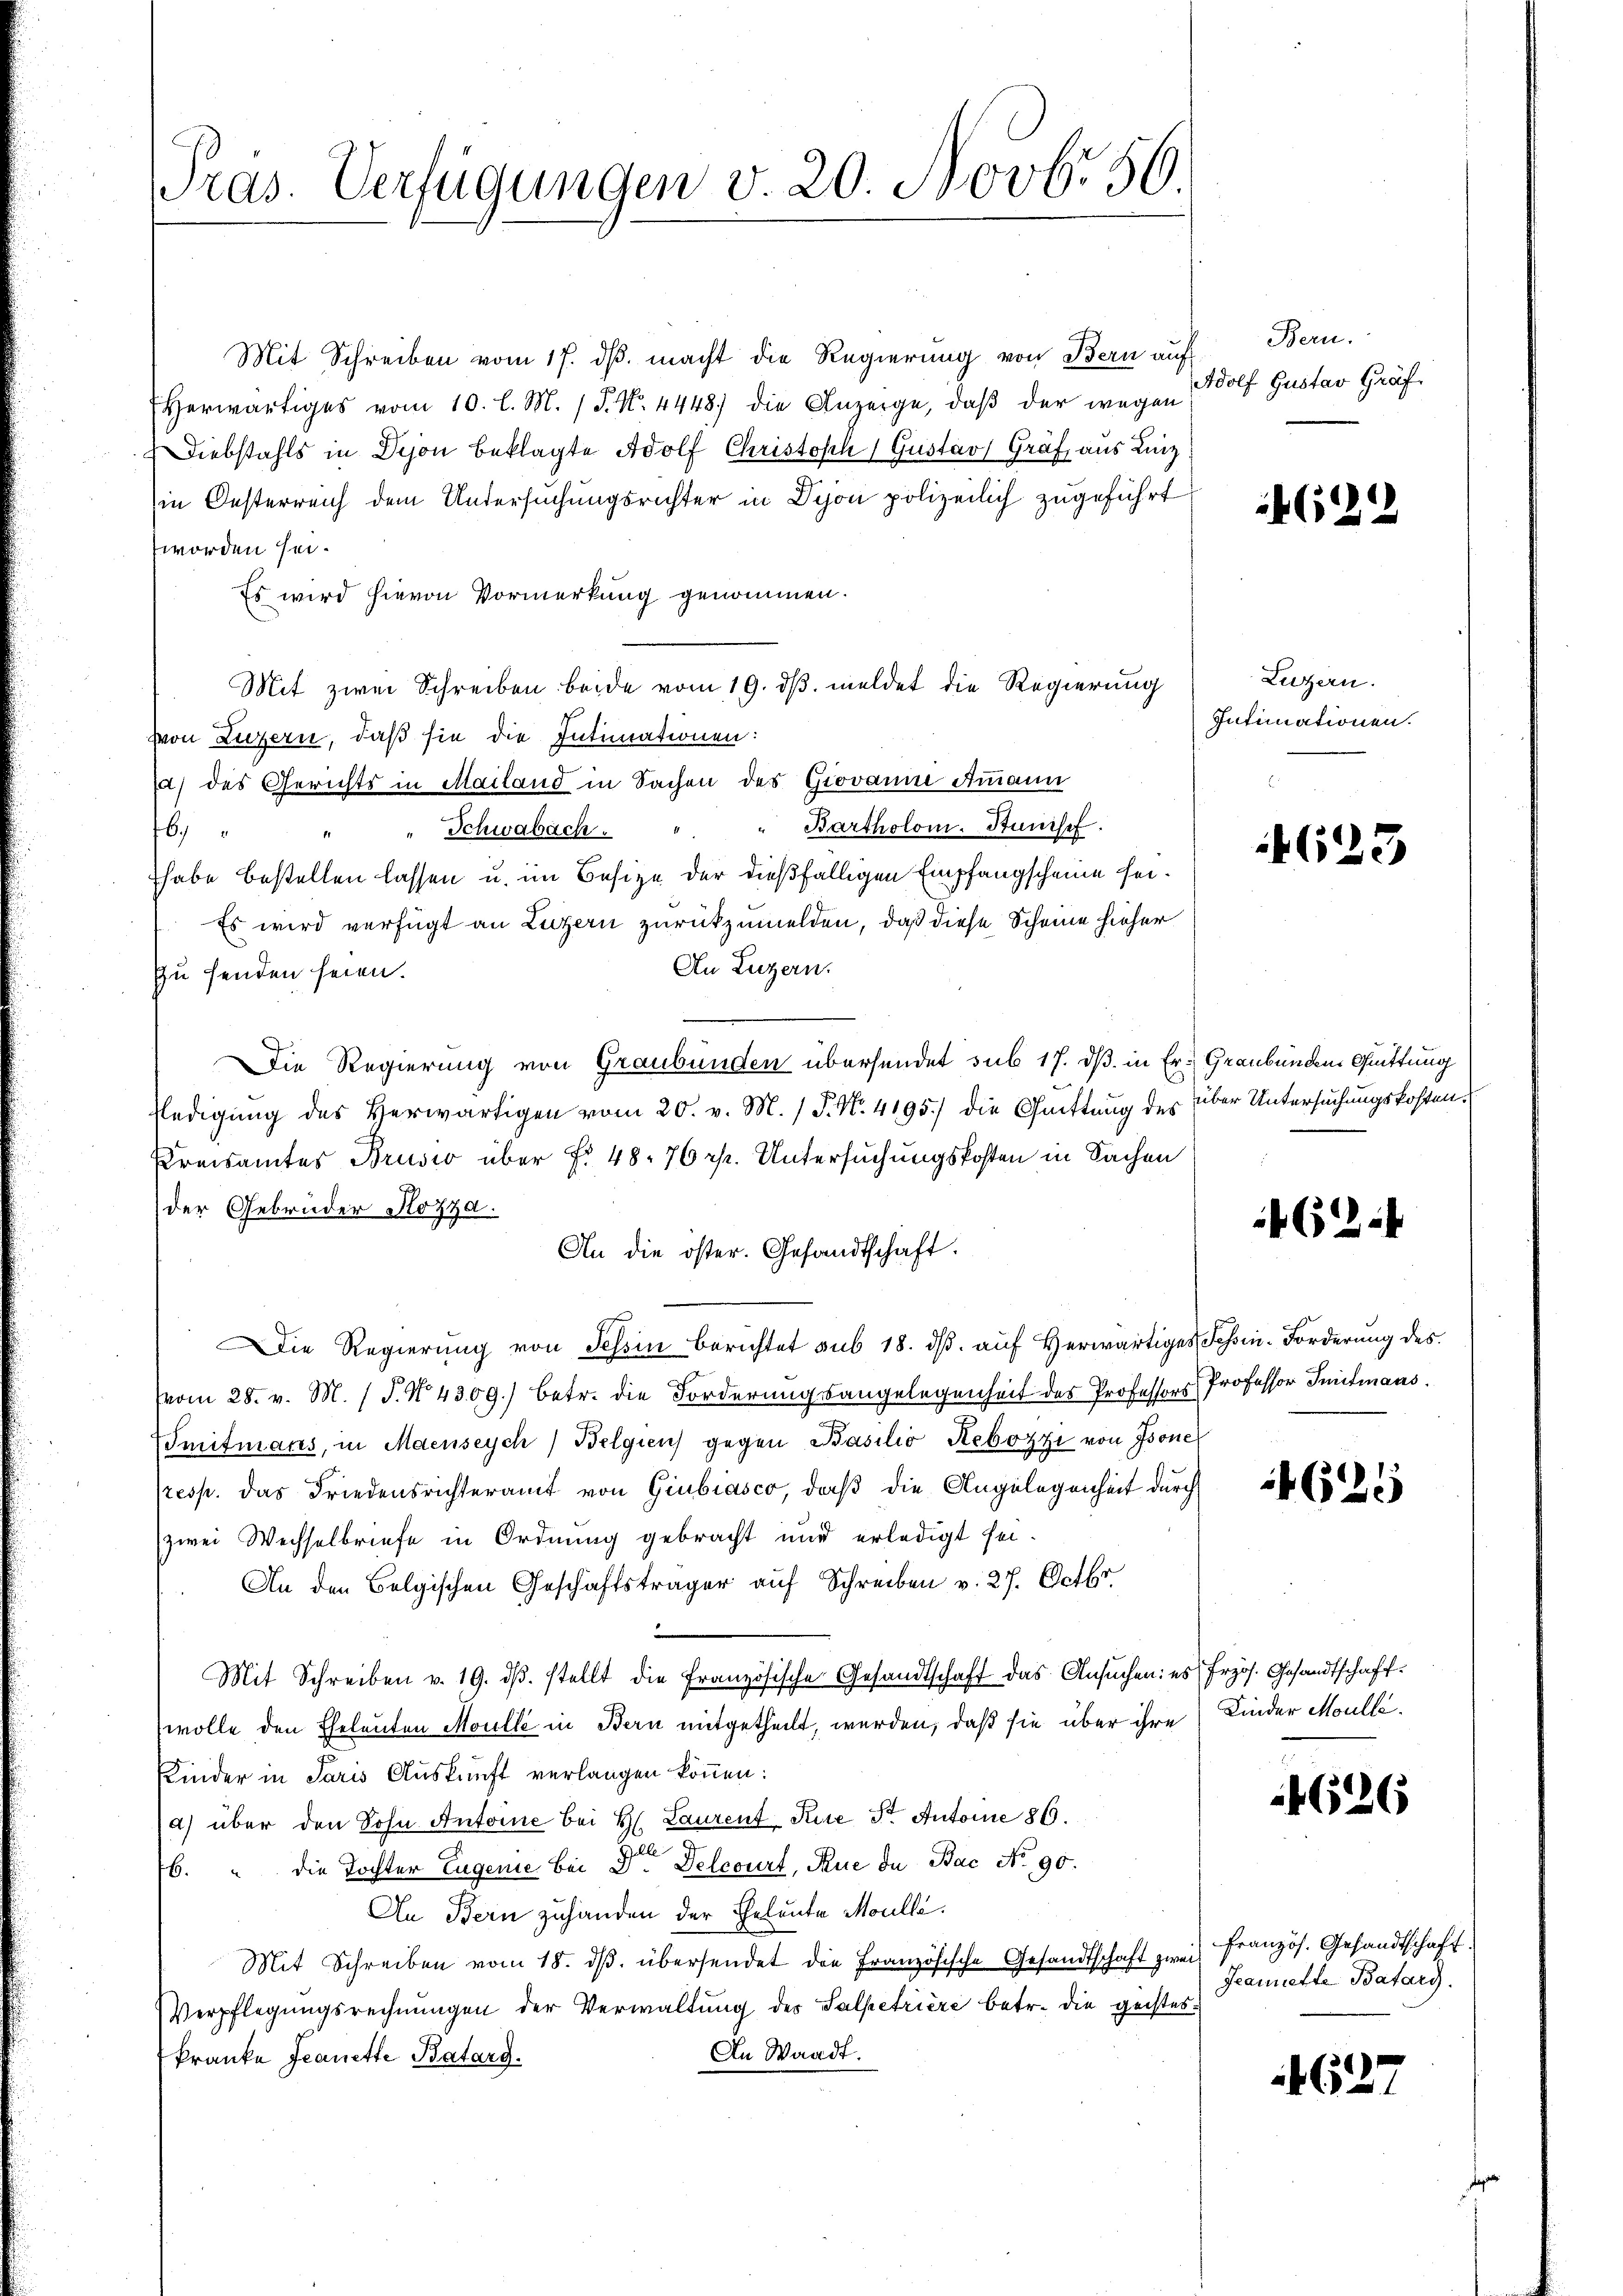
Pras. Verfügungen v. 20. Novbr 56

Mit Schreiben vom 17. ds. macht die Regierung von Bern auf
Herwärtiges vom 10. l. M. (T. N. 4448) die Anzeige, daβ der wegen
Diebstahls in Dison beklagte Adolf Christoph Gustav Graf aus Linz
in Oesterreich dem Untersuchungsrichter in Dion polizeilich zugeführt
worden sei.
Es wird hievon Vormerkung genommen.
Mit zwei Schreiben beide vom 19. dβ meldet die Regierung
von Luzern, daß sie die Intimationen:
d) des Gerichts in Mailand in Sachen des Giovanin Ammann
" Bartholom. Stanisch.
Schwabach.
6
habe bestellen lassen u. im Besize der dießfälligen Empfangscheine sei¬
Es wird verfügt an Luzern zurückzumelden, daß diese Scheine hieher
An Luzern.
Zu senden seien.
Die Regierung von Graubünden übersendet sub 17. dß in Er- Graubünden Quittung
ledigung des Herwärtigen vom 20. v. M. / P. Nr. 4195) die Quittung des über Untersuchungskosten.
Kreisamtes Brusio über f. 48. 76 rp. Untersuchungskosten in Sachen
der Gebrüder Kozza.
An die öster. Gesandtschaft.
Die Regierŭng von Schin berichtet sub 18. dβ aŭf herwärtiges Schin-Forderŭng des
vom 28. v. M. (T. No. 4309.) betr. die Forderungsangelegenheit des Professors Professor Smitmans,
Smitmans, in Maenseych Belgien gegen Basilio Rebozzi von Isone
resp. das Friedensrichteramt von Giubiasco, daß die Angelegenheit durch
zwei Wechselbriefe in Ordnung gebracht und erledigt sei.
An den Belgischen Geschäftsträger aŭf Schreiben v. 27. Octbr.
Mit Schreiben v. 19. dβ. stellt die französische Gesandtschaft das Ansŭchen: es frzös. Gesandtschaft
wolle den Eheleuten Moulle in Bern mitgetheilt, werden, daß sie über ihre Kinder Moulli¬
Kinder in Paris Auskunft verlangen können:
a) über den Sohn Antoine bei H. Laurent Kire St. Antoine 86.
76. " die Tochter Eugenie bei Dr. Delcourt, Rue de Bac No 90.
An Bern zuhanden der Eheleute Moulle.
Mit Schreiben vom 18. dβ. übersendet die Französische Gesandtschaft zwei Französ. Gesandtschaft
Verpflegungsrechnungen der Verwaltung des Salpetriere betr. die geistes
In Waadt.
kranke Jeanette Batard.

Bern.
Adolf Gustav Gräf.

(22

Luzern.
Intimationen.

4623

462.

4625

4626

Jeannette Batarg.

1627